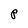
Character: P